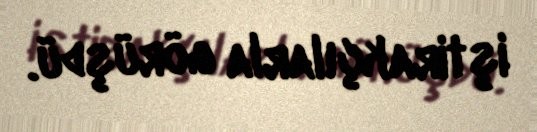
iştirakçılarla görüşdü.